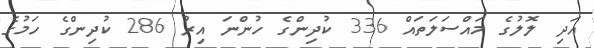
އަދި ލޮލުގެ މައްސަލަތައް 336 ކުދިންގެ ހުންނަ އިރު 286 ކުދިންގެ ހަމުގެ